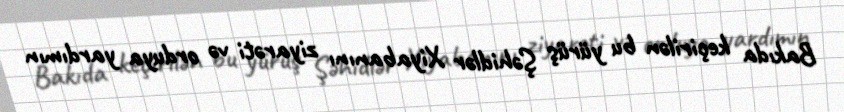
Bakıda keçirilən bu yürüş Şəhidlər Xiyabanını ziyarəti və orduya yardımın